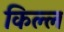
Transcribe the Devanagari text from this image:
किल्ल